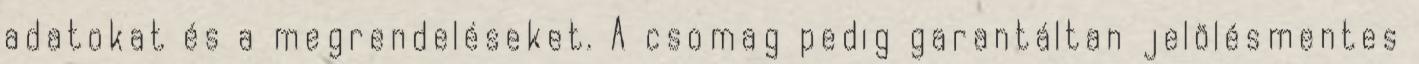
adatokat és a megrendeléseket. A csomag pedig garantáltan jelölésmentes